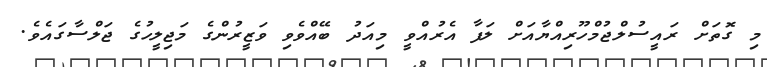
މި ގޮތަށް ރައީސުލްޖުމްހޫރިއްޔާއަށް ލަފާ އެރުއްވީ މިއަދު ބޭއްވެވި ވަޒީރުންގެ މަޖިލީހުގެ ޖަލްސާގައެވެ.